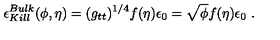
\epsilon _ { K i l l } ^ { B u l k } ( \phi , \eta ) = ( g _ { t t } ) ^ { 1 / 4 } f ( \eta ) \epsilon _ { 0 } = \sqrt { \phi } f ( \eta ) \epsilon _ { 0 } \ .